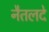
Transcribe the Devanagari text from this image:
नैतलदे